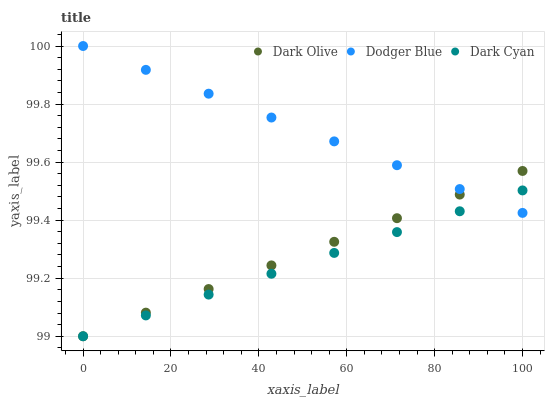
| xaxis_label | Dark Olive | Dodger Blue | Dark Cyan |
 | --- | --- | --- | --- |
 | 0 | 99 | 100 | 99 |
 | 14.3 | 99.1 | 99.9 | 99.1 |
 | 28.6 | 99.2 | 99.8 | 99.1 |
 | 42.9 | 99.2 | 99.8 | 99.2 |
 | 57.1 | 99.3 | 99.7 | 99.3 |
 | 71.4 | 99.4 | 99.6 | 99.4 |
 | 85.7 | 99.5 | 99.5 | 99.4 |
 | 100 | 99.6 | 99.4 | 99.5 |